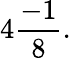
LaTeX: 4{\frac{-1}{8}}.